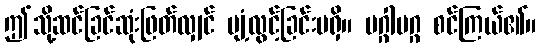
ဤသို့ဆင်ခြင်ဆုံးဖြတ်လျှင် ပျံ့လွင့်ခြင်းမရှိ။ မဂ္ဂါမဂ္ဂ စင်ကြယ်၏။